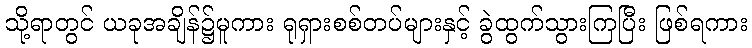
သို့ရာတွင် ယခုအချိန်၌မူကား ရုရှားစစ်တပ်များနှင့် ခွဲထွက်သွားကြပြီး ဖြစ်ရကား